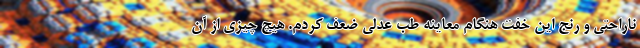
ناراحتی و رنج این خفت هنگام معاینه طب عدلی ضعف کردم. هیچ چیزی از آن